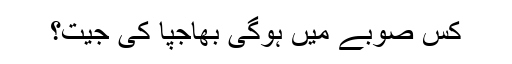
کس صوبے میں ہوگی بھاجپا کی جیت؟